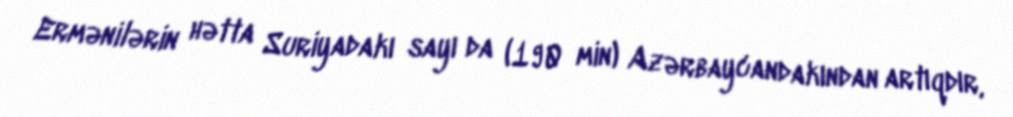
Ermənilərin hətta Suriyadakı sayı da (190 min) Azərbaycandakından artıqdır,